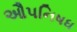
ઔપનિષધ